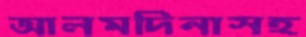
আলমদিনাসহ